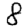
Digit: 8